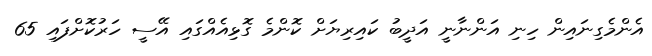
އެންމެގިނައިން ހިނި އަންނާނީ އަދީބު ކައިރިޔަށް ކޮންމެ ގޮޅިއެއްގައި އޭސީ ހަރުކޮށްފައި 65